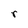
Character: r